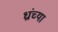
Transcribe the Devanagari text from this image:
ध्रांच्या